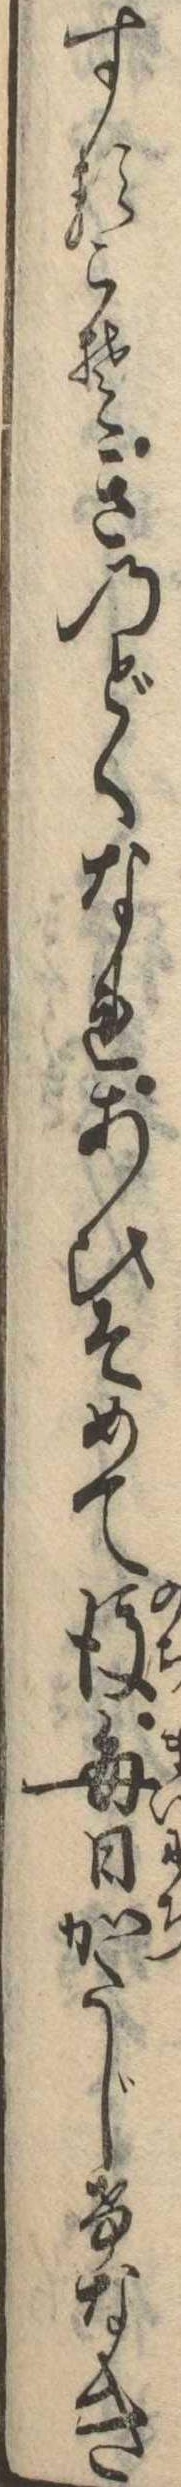
するこそきのどくなれあひそめて後毎日かたじけなき